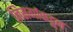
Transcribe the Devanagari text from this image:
निसर्गाकडून